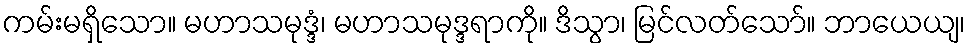
ကမ်းမရှိသော။ မဟာသမုဒ္ဒံ၊ မဟာသမုဒ္ဒရာကို။ ဒိသွာ၊ မြင်လတ်သော်။ ဘာယေယျ၊